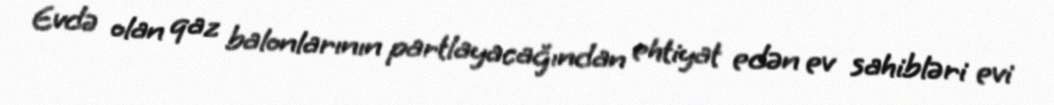
Evdə olan qaz balonlarının partlayacağından ehtiyat edən ev sahibləri evi